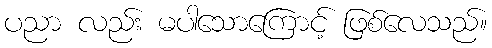
ပညာ လည်း မပါသောကြောင့် ဖြစ်လေသည်။